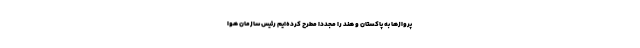
پرواز‌ها به پاکستان و هند را مجددا مطرح‌ کرده‌ایم رئیس سازمان هوا